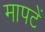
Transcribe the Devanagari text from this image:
मापटें